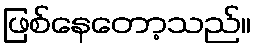
ဖြစ်နေတော့သည်။